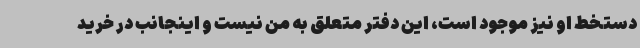
دستخط او نیز موجود است، این دفتر متعلق به من نیست و اینجانب در خرید